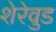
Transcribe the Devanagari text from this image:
शेरेवुड